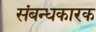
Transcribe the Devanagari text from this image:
संबन्धकारक